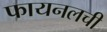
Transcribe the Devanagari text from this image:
फायनलची